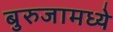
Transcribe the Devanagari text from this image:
बुरुजामध्ये